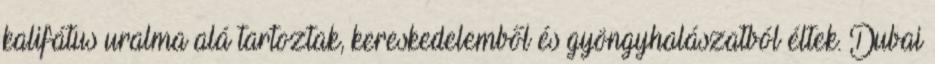
kalifátus uralma alá tartoztak, kereskedelemből és gyöngyhalászatból éltek. Dubai